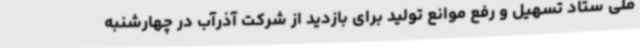
ملی ستاد تسهیل و رفع موانع تولید برای بازدید از شرکت آذرآب در چهارشنبه